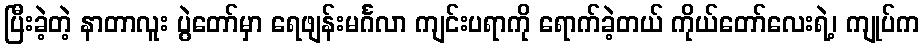
ပြီးခဲ့တဲ့ နာတာလူး ပွဲတော်မှာ ရေဖျန်းမင်္ဂလာ ကျင်းပရာကို ရောက်ခဲ့တယ် ကိုယ်တော်လေးရဲ့၊ ကျုပ်က